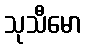
သုသီမော